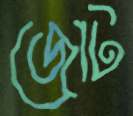
জোট